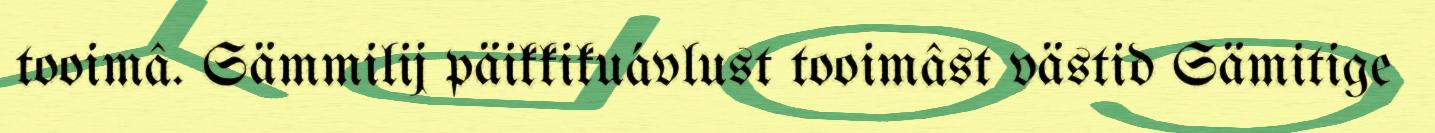
tooimâ. Sämmilij päikkikuávlust tooimâst västid Sämitige